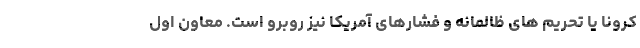
کرونا یا تحریم های ظالمانه و فشارهای آمریکا نیز روبرو است. معاون اول